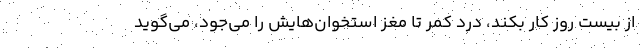
از بيست روز كار بكند، درد كمر تا مغز استخوان‌هايش را مي‌جود، مي‌گويد